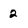
Character: 2